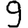
Digit: 9